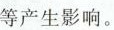
等产生影响。